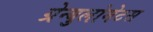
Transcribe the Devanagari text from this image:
ग्रेन्युलोमेटस